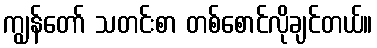
ကျွန်တော် သတင်းစာ တစ်စောင်လိုချင်တယ်။